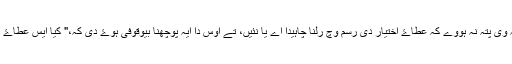
مثال دے طور تے، جے کسے نوں ایہ وی پتہ نہ ہووے کہ عطاۓ اختیار دی رسم وچ رلنا چاہیدا اے یا نئیں، تے اوس دا ایہ پوچھنا بیوقوفی ہوۓ دی کہ،" کیا ایس عطاۓ اختیار دی رسم وچ رلنا چنگی گل اے؟